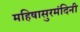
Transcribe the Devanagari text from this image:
महिषासुरमंदिनी